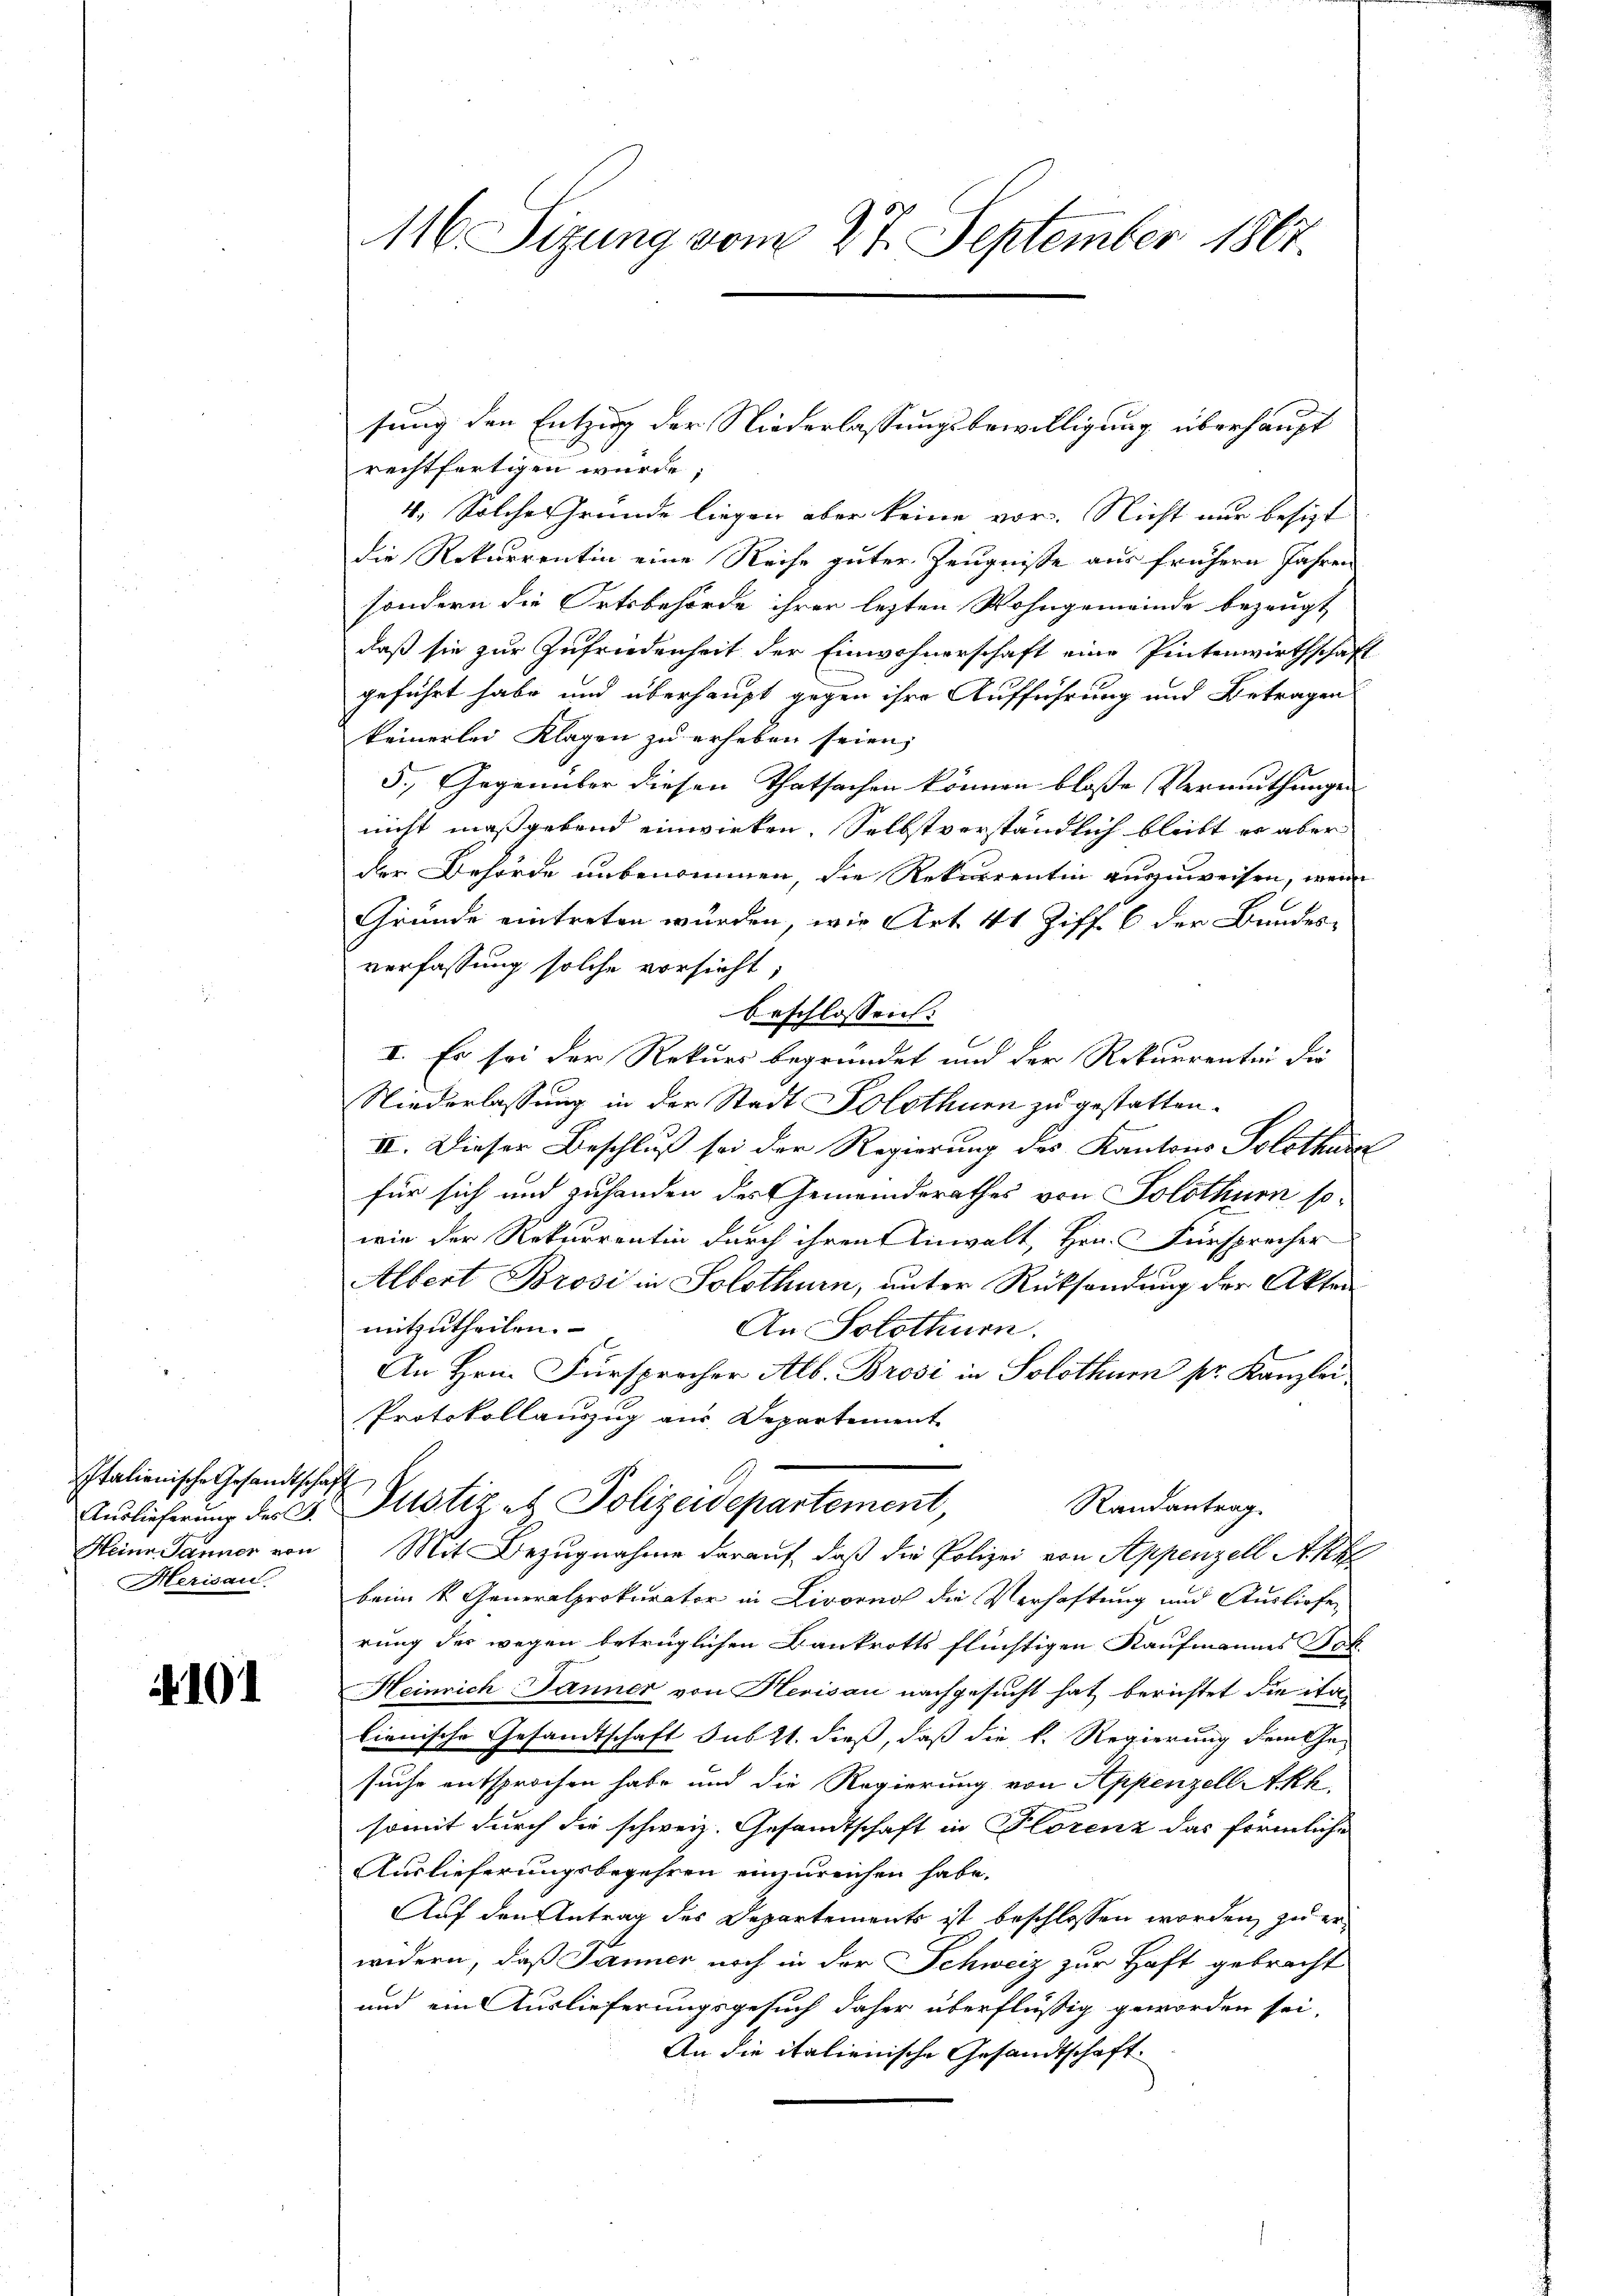
Italienische Gesandtschaft
Auslieferung des J.
Heine Jänner von
Merisau

4101

116. Sitzung vom 27. September 1867.

rechtfertigen würde;
4. Solche Gründe liegen aber keine vor. Nicht nur besizt
die Rekurrentin eine Reise guter Zeugnisse aus frühern Jahren
sondern die Ortsbehörde ihrer lezten Wohngemeinde bezeugt
daß sie zur Zufriedenheit der Einwohnerschaft eine Pintenwirthschaft
geführt habe und überhaupt gegen ihre Aufführung und Betragen
keinerlei Klagen zu erheben seien;
5., Gegenüber diesen Thatsachen können bloße Vermuthungen
nicht maßgebend einwirken. Selbstverständlich bleibt er aber
der Behörde unbenommen, die Rekurrentin auszuweisen, wenn
Gründe eintreten würden, wie Art 41 Ziff. 6 der Bundes-
verfassung solche vorsicht;
beschlossen:
I. Es sei der Rekurs begründet und der Rekurrentin die
Niederlassung in der Stadt Solothurn zu gestatten.
IV. Dieser Beschluß sei der Regierung des Kantons Solothur
für sich und zuhanden des Gemeinderathes von Solothurn sowie der Rekurrentin durch ihren Anwalt, Hrn. Fürsprecher
Albert Brosi in Solothurn, unter Rücksendung der Akten
mitzutheilen.
An Solothurn.
An Hrn. Fürsprecher Alb. Brosi in Solothur pr. Kanzlei
Protokollauszug aus Departement
Justiz & Polizeidepartement,
Randantrag
Mit Bezugnahme darauf, daß die Polizei von Appenzell A. Kre
beim k. Generalprokurator in Livorno die Verhaftung und Ausliefer
rung der wegen betrüglichen Bankrotts flüchtigen Kaufmannes Fok.
Heinrich Jänner von Herisau nachgesucht hat berichtet die ita
lienische Gesandtschaft sub 21. dieß, daß die k. Regierung dem Ge-
suche entsprochen habe und die Regierung von Appenzell Akh
somit durch die schweiz. Gesandtschaft in Florenz das förmliche
Auslieferungsbegehren einzureichen habe.
Auf den Antrag des Departements ist beschlossen worden, zu erwidern, daß Panner noch in der Schweiz zur Haft gebracht
und ein Auslieferungsgesuch daher überflüßig geworden sei,
An die italienische Gesandtschaft

sung den Entzug der Niederlassungsbewilligung überhaupt